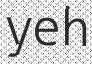
yeh